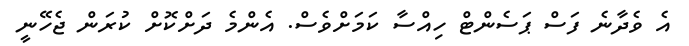
އެ ވެދާނެ ފަސް ޕަސެންޓް ހިއްސާ ކަމަށްވެސް. އެންމެ ދަށްކޮށް ކުރަން ޖެހޭނީ